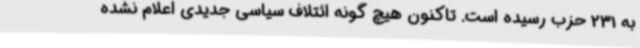
به 231 حزب رسیده است. تاکنون هیچ گونه ائتلاف سیاسی جدیدی اعلام نشده